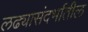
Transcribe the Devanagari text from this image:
लढ्यासंदर्भातील